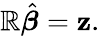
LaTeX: \mathbb{R}{\hat{{\boldsymbol{\beta}}}}=\mathbf{{z}}.